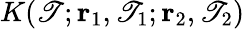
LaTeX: K(\mathscr{T};{\mathbf{r}}_{1},\mathscr{T}_{1};{\mathbf{r}}_{2},\mathscr{T}_{2})